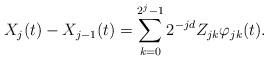
LaTeX: \begin{align*}X_j(t)-X_{j-1}(t)=\sum_{k=0}^{2^{j}-1}2^{-jd}Z_{jk}\varphi_{jk}(t).\end{align*}